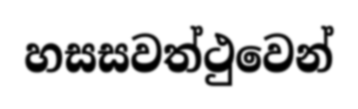
හසසවත්ථුවෙන්